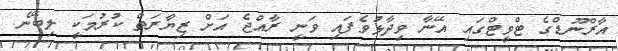
އާރްނޫޑްގެ ޓްވީޓްގައި އޭނާ ވިދާޅުވެފައި ވަނީ ރާއްޖެ އަށް ޒިޔާރަތް ކުރުމަކީ ލިބޭނެ